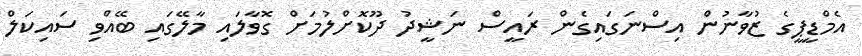
އެމްޑީޕީގެ ޒުވާނުން އިސްނަގައިގެން ރައީސް ނަޝީދު ދޫކޮށްލުމަށް ގޮވާލައި މާލޭގައި ބޭއްވި ސައިކަލް